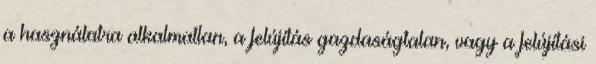
a használatra alkalmatlan, a felújítás gazdaságtalan, vagy a felújítási